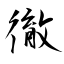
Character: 徹